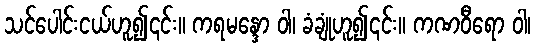
သင်ပေါင်းငယ်ဟူ၍၎င်း။ ကရမန္ဒော ဝါ၊ ခံချုံဟူ၍၎င်း။ ကဏဝီရော ဝါ၊